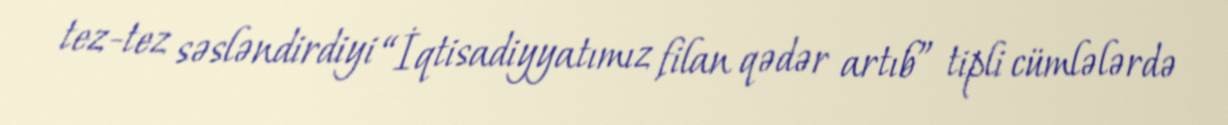
tez-tez səsləndirdiyi “İqtisadiyyatımız filan qədər artıb” tipli cümlələrdə